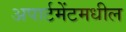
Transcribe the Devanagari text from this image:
अपार्टमेंटमधील